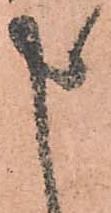
申